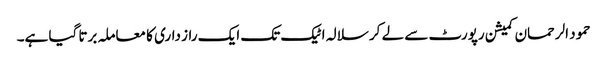
حمود الرحمان کمیشن رپورٹ سے لے کر سلالہ اٹیک تک ایک راز داری کا معاملہ برتا گیا ہے۔